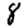
Digit: 8